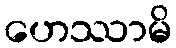
ဟေဿာမိ